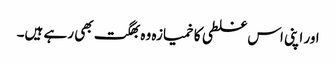
اور اپنی اس غلطی کا خمیازہ وہ بھگت بھی رہے ہیں۔